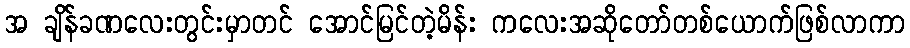
အ ချိန်ခဏလေးတွင်းမှာတင် အောင်မြင်တဲ့မိန်း ကလေးအဆိုတော်တစ်ယောက်ဖြစ်လာကာ